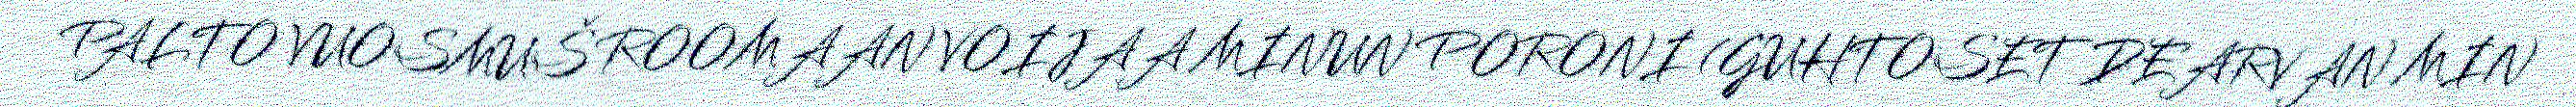
PALTO VUOSMUŠ ROOMAAN VOIJAA MINUN PORONI (GUHTOSET DEARVAN MIN